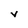
Character: V